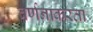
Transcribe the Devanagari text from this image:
वर्णनाकरता